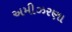
અમીઝરણા